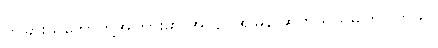
တခြားသဘော်တို့အကြားမှာ အလျင်အမြန် ဆက်သွယ်မိကြပါတယ်။